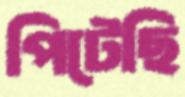
পিটেছি